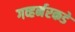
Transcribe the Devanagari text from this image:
गव्हर्नरकडे